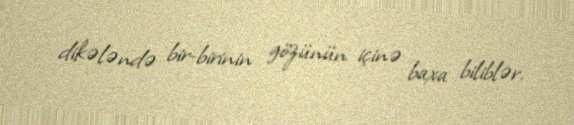
dikələndə bir-birinin gözünün içinə baxa biliblər.